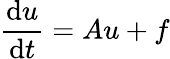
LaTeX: {\frac{\mathrm{d}u}{\mathrm{d}t}}=Au+f